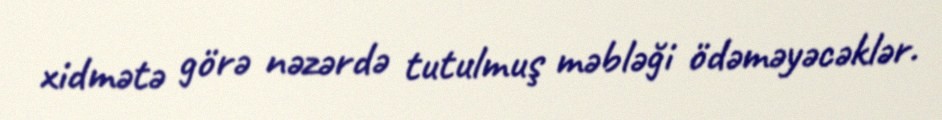
xidmətə görə nəzərdə tutulmuş məbləği ödəməyəcəklər.